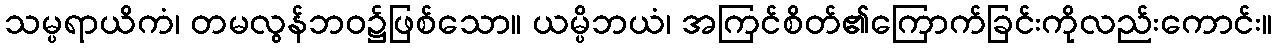
သမ္ပရာယိကံ၊ တမလွန်ဘဝ၌ဖြစ်သော။ ယမ္ပိဘယံ၊ အကြင်စိတ်၏ကြောက်ခြင်းကိုလည်းကောင်း။